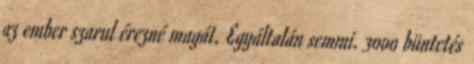
az ember szarul érezné magát. Egyáltalán semmi. 3000 büntetés